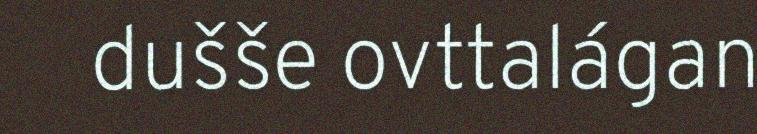
dušše ovttalágan